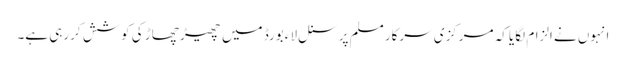
انہوں نے الزام لگایا کہ مرکزی سرکار مسلم پرسنل لاء بورڈ میں چھیڑ چھاڑ کی کوشش کررہی ہے۔